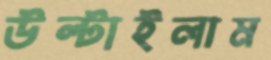
উল্‌টাইলাম